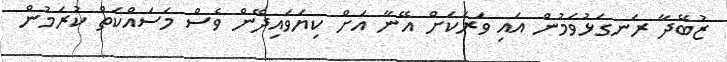
ޒުބޭދާ ރަނގަޅުވަމުން އައި ވަރަކަށް އޭނާ އަށް ކިޔަވައިދޭން ވެސް މަސައްކަތް ކުރަމުން